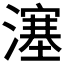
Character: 𤀕